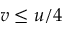
v \leq u / 4